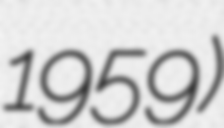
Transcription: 1959)